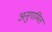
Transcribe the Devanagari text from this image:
अनुगामित